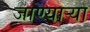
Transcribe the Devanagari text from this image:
जाण्यार्‍या